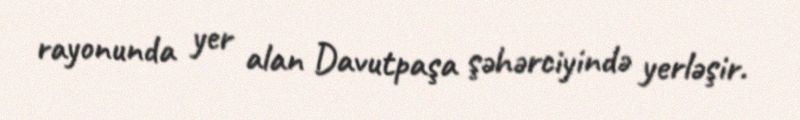
rayonunda yer alan Davutpaşa şəhərciyində yerləşir.